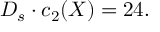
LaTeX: D _ { s } \cdot c _ { 2 } ( X ) = 2 4 .